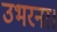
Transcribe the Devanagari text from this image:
उभरना।